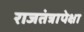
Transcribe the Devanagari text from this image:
राजतंत्रापेक्षा